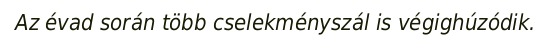
Az évad során több cselekményszál is végighúzódik.